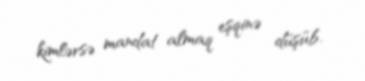
kimlərsə mandat almaq eşqinə düşüb.